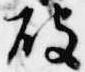
破